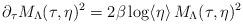
LaTeX: \begin{align*}\partial_\tau M_\Lambda(\tau,\eta)^2 = 2\beta \log\langle \eta \rangle \, M_\Lambda(\tau,\eta)^2\end{align*}